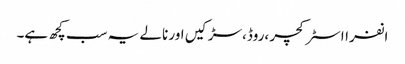
انفرااسٹرکچر ،روڈ،سڑکیں اور نالے یہ سب کچھ ہے۔